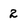
Character: 2